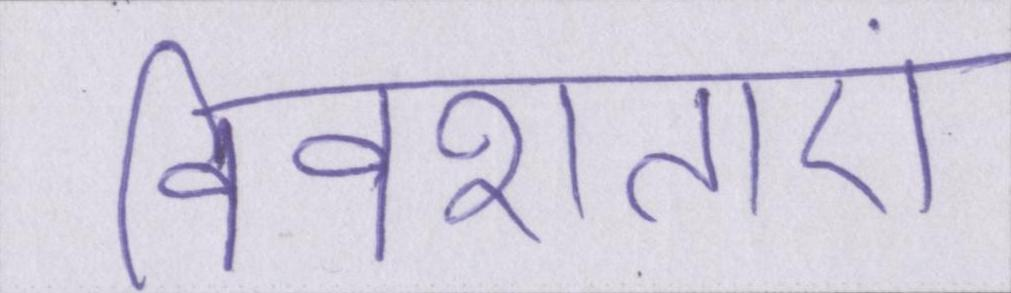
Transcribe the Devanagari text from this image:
विवशताएं